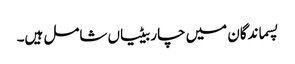
پسماندگان میں چار بیٹیاں شامل ہیں۔